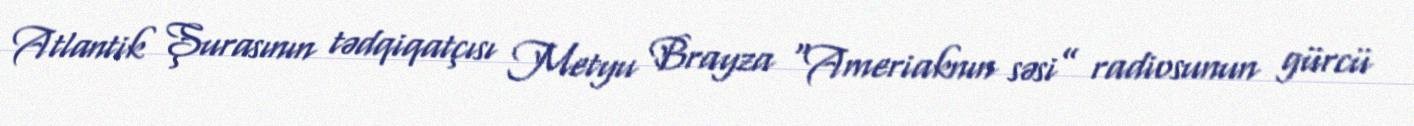
Atlantik Şurasının tədqiqatçısı Metyu Brayza “Ameriaknın səsi” radiosunun gürcü